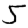
Digit: 5